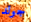
جولد